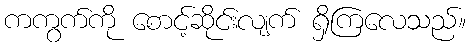
ကကွက်ကို စောင့်ဆိုင်းလျက် ရှိကြလေသည်။